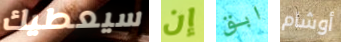
سيعطيك إن ابق أوشام